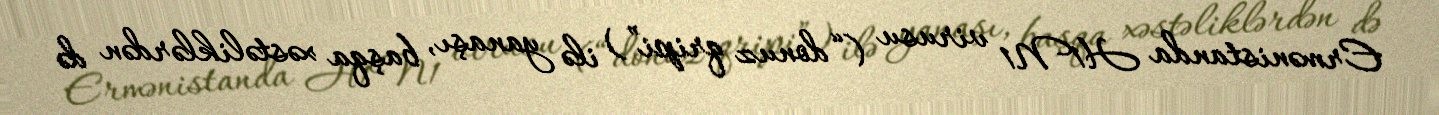
Ermənistanda H1N1 virusu (“donuz qripi”) ilə yanaşı, başqa xəstəliklərdən də